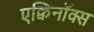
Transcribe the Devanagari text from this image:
एक्विनॉक्स